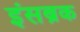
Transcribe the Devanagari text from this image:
इंसब्रक